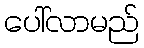
ပေါ်လာမည်